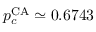
p _ { c } ^ { \mathrm { C A } } \simeq 0 . 6 7 4 3